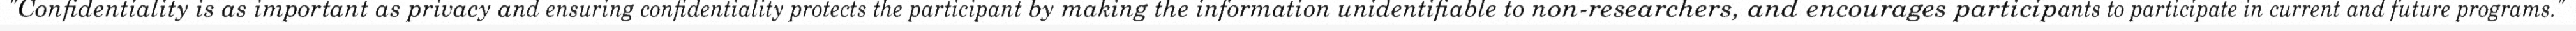
"Confidentiality is as important as privacy and ensuring confidentiality protects the participant by making the information unidentifiable to non-researchers, and encourages participants to participate in current and future programs."